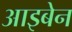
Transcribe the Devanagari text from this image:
आइबेन